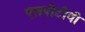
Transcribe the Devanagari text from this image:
एलपीटीवी